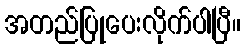
အတည်ပြုပေးလိုက်ပါပြီ။